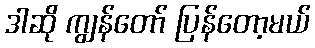
ဒါဆို ကျွန်တော် ပြန်တော့မယ်